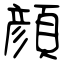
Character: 顔